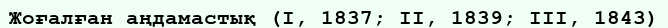
Жоғалған аңдамастық (I, 1837; II, 1839; III, 1843)